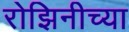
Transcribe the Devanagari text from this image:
रोझिनीच्या